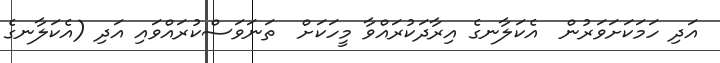
އަދި ހަމަކަށަވަރުން  އެކަލާނގެ އިރާދަކުރައްވާ މީހަކަށް  ތަނަވަސްކުރައްވައި އަދި (އެކަލާނގެ